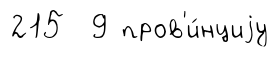
215 9 пров'и́нциjу